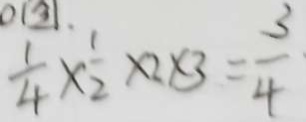
\frac { 1 } { 4 } \times \frac { 1 } { 2 } \times 2 \times 3 = \frac { 3 } { 4 }